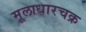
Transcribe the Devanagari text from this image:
मूलाधारचक्र